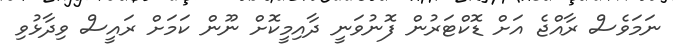
ނަަމަވެސް ރާއްޖެ އަށް ޑޮކްޓަރުން ފޮނުވަނީ ދާއިމީކޮށް ނޫން ކަމަށް ރައީސް ވިދާޅުވި